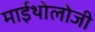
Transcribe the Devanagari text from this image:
माईथोलोजी